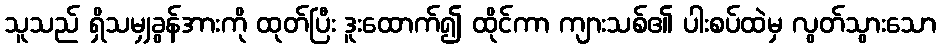
သူသည် ရှိသမျှခွန်အားကို ထုတ်ပြီး ဒူးထောက်၍ ထိုင်ကာ ကျားသစ်၏ ပါးစပ်ထဲမှ လွတ်သွားသော